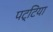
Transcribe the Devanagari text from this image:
पट्टिया